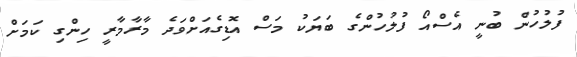
ފުލުހުން ބުނީ އެސްއޯ ފުލުހުންގެ ބަޔަކު މަސް އޮޑިގެއަށްވަދެ މާރާމާރީ ހިންގި ކަމަށް